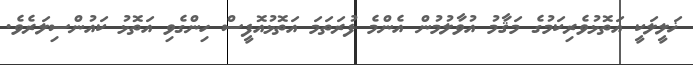
ޚަލީލަކީ އަތޮޅުވެރިކަމުގެ މަޤާމު އުވާލުމުން އެންމެ ފުރަތަމަ އަތޮޅުއޮފީސް ހިންގެވި އަތޮޅު ކައުންސިލަރެވެ.